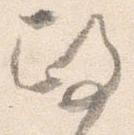
政